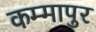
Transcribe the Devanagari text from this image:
कम्मापुर